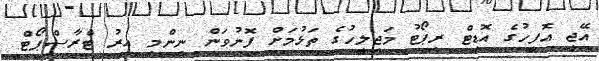
އޭޖީ އޮފީހުގެ އޮޑިޓް ރިޕޯޓު މަޖިލީހުގެ ތަޅުމަށް ފޮނުވަން ނިންމި އިރު ޓްރާސްޕޯޓް